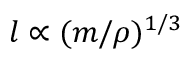
l \propto ( m / \rho ) ^ { 1 / 3 }